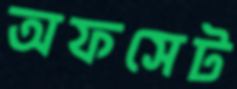
অফসেট